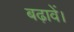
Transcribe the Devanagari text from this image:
बढ़ावें।